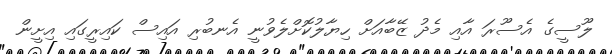
ލޫސީގެ އެސޫރަ އާއި މެދު ޒޭބާއަށް ހިޔާލުކޮށްލެވުނީ އެނބުރި އައިސް ކައިރީގައި އިށީން